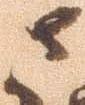
さ